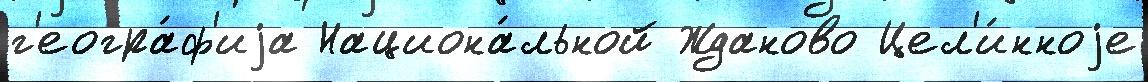
г'еогра́ф'иjа Национа́льной Жданово Цел'и́нноjе